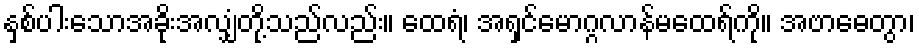
နှစ်ပါးသောအခိုးအလျှံတို့သည်လည်း။ ထေရံ၊ အရှင်မောဂ္ဂလာန်မထေရ်ကို။ အဗာဓေတွာ၊